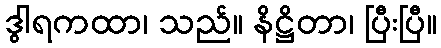
ဒွါရကထာ၊ သည်။ နိဋ္ဌိတာ၊ ပြီးပြီ။